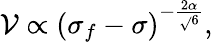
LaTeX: {\mathcal{V}\propto(\sigma_{f}-\sigma)^{-\frac{{2\alpha}}{{\sqrt{}{{6}}}}},}